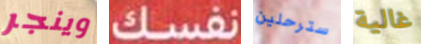
وينجر نفسك سترحلين غالية